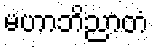
မဟာဘိညာတံ